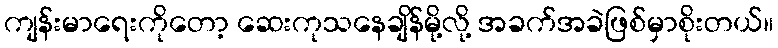
ကျန်းမာရေးကိုတော့ ဆေးကုသနေချိန်မို့လို့ အခက်အခဲဖြစ်မှာစိုးတယ်။